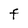
Character: F